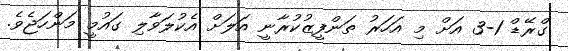
ގްރޭޑް 1-3 އަށް މި އަހަރު ތަންފީޒުކުރާނީ އަލަށް އެކުލަވާލި ގައުމީ މަންހަޖެވެ.